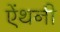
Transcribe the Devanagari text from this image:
ऐंथनी